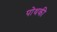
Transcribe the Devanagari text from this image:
पोथकी